Indian journal of veterinary science and animal husbandry - Volumes 15-17, 1948-1951
Year: 1948
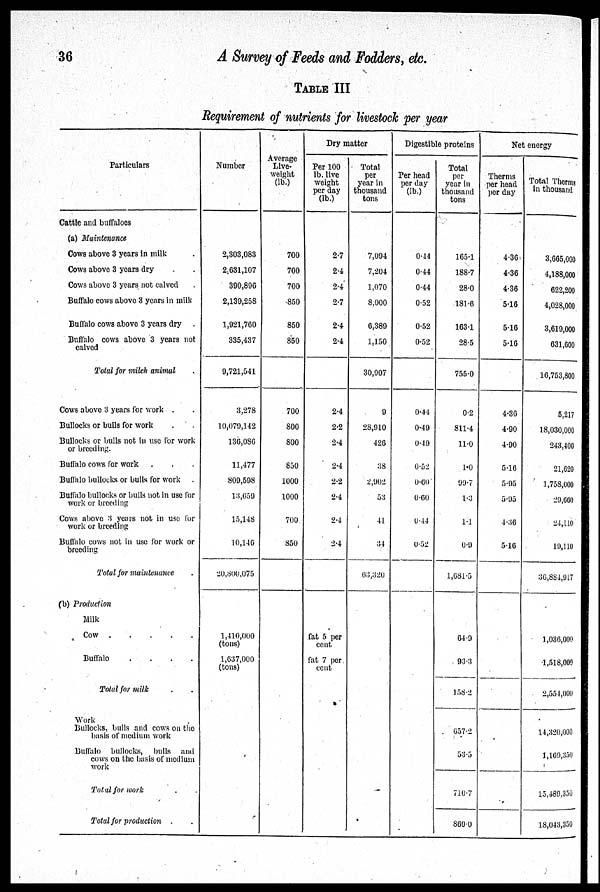
36
A Survey of Feeds and Fodders, etc.
TABLE III
Requirement of nutrients for livestock per year
Particulars
Cattle and buffaloes
(a) Maintenance
Cows above 3 years in milk .
Cows above 3 years dry .
Cows above 3 years not calved .
Buffalo cows above 3 years in milk
Buffalo cows above 3 years dry .
Buffalo cows above 3 years not
calved
Total for milch animal .
Cows above 3 years for work . .
Bullocks or bulls for work . .
Bullocks or bulls not in use for work
or breeding.
Buffalo cows for work . . .
Buffalo bullocks or bulls for work .
Buffalo bullocks or bulls not in use for
work or breeding
Cows above 3 years not in use fur
work or breeding
Buffalo cows not in use for work or
breeding
Total for maintenance
(b) Production
Milk
Cow
.
.
.
.
.
Buffalo
.
.
.
.
.
Total for milk . .
Work
Bullocks, bulls and cows on the
basis of medium work
Buffalo bullocks, bulls and
cows on the basis of medium
work
Total for work . .
Total for production . .
Number
2,303,083
2,631,107
390,896
2,139,258
1,921,760
335,437
9,721,541
3,278
10,079,142
136,086
11,477
809,598
13,659
15,148
10,146
20,800,075
1,410,000
(tons)
1,637,000
(tons)
Average
Live¬
weight
(lb.)
700
700
700
850
850
850
700
800
800
850
1000
1000
700
850
Dry matter
Per 100
lb. live
weight
per day
2.7
2.4
2.4
2.7
2.4
2.4
2.4
2.2
2.4
2.4
2.2
2.4
2.4
2.4
fat 5 per
cent
fat 7 per
cent
Total
per
year in
thousand
tons
7,094
7,204
1,070
8,000
6,389
1,150
30,907
9
28,910
426
38
2,902
53
41
34
63,320
Digestible proteins
Per head
per day
(lb.)
0.44
0.44
0.44
0.52
0.52
0.52
0.44
0.49
0.49
0.52
0.60
0.60
0.44
0.52
Total
per
year in
thousand
165.1
188.7
28.0
181.6
163.1
28.5
755.0
0.2
811.4
11.0
1.0
99.7
1.3
1.1
0.9
1,681.5
64.9
93.3
158.2
657.2
53.5
710.7
869.0
Net energy
Therms
per head
per day
4.36
4.36
4.36
5.16
5.16
5.16
4.36
4.90
4.90
5.16
5.95
5.95
4.36
5.16
Total Therms
in thousand
3,665,000
4,188,000
622,200
4,028,000
3,619,000
631,600
16,753,800
5,217
18,030,000
243,400
21,620
1,758,000
29,660
24,110
19,110
36,884,917
1,036,000
1,518,009
2,554,000
14,320,000
1,169,350
15,480,350
18,043,350